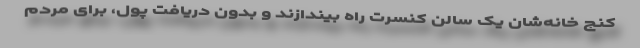
کنج خانه‌شان یک سالن کنسرت راه بیندازند و بدون دریافت پول، برای مردم